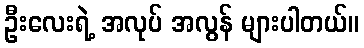
ဦးလေးရဲ့ အလုပ် အလွန် များပါတယ်။